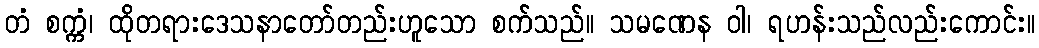
တံ စက္ကံ၊ ထိုတရားဒေသနာတော်တည်းဟူသော စက်သည်။ သမဏေန ဝါ၊ ရဟန်းသည်လည်းကောင်း။